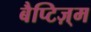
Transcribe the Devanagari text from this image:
बैप्टिज़्म